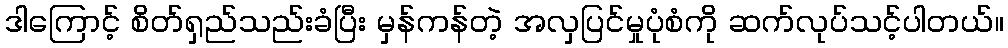
ဒါကြောင့် စိတ်ရှည်သည်းခံပြီး မှန်ကန်တဲ့ အလှပြင်မှုပုံစံကို ဆက်လုပ်သင့်ပါတယ်။